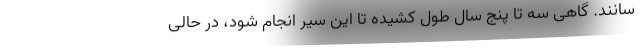
سانند. گاهی سه تا پنج سال طول کشیده تا این سیر انجام شود، در حالی